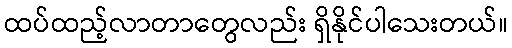
ထပ်ထည့်လာတာတွေလည်း ရှိနိုင်ပါသေးတယ်။